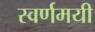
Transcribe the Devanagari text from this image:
स्‍वर्णमयी